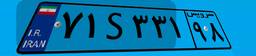
۰۰S۲۴۳۱۹